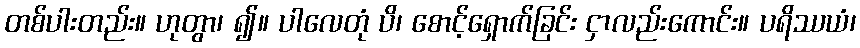
တစ်ပါးတည်း။ ဟုတွာ၊ ၍။ ပါလေတုံ ပိ၊ စောင့်ရှောက်ခြင်း ငှာလည်းကောင်း။ ပရိဿယံ၊